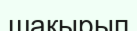
шакырып